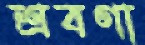
শ্রবণা